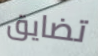
تضايق